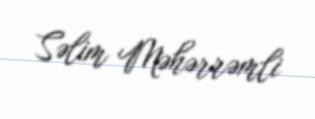
Səlim Məhərrəmli